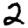
Digit: 2